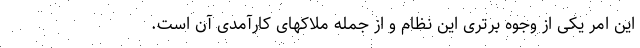
این امر یکی از وجوه برتری این نظام و از جمله ملاکهای کارآمدی آن است.